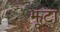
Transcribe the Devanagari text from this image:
झूटा